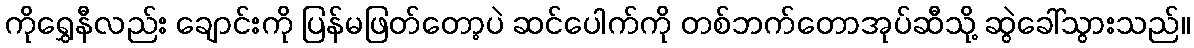
ကိုရွှေနီလည်း ချောင်းကို ပြန်မဖြတ်တော့ပဲ ဆင်ပေါက်ကို တစ်ဘက်တောအုပ်ဆီသို့ ဆွဲခေါ်သွားသည်။